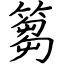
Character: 篘